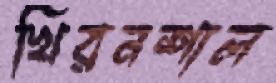
খিরনশাল